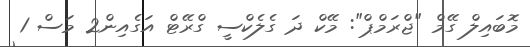
މޮބައިލް ގޭމް "ޖްރަމްޕް": މޭކް ދަ ގެލެކްސީ ގްރޭޓް އަގެއިން2 މަސް 1